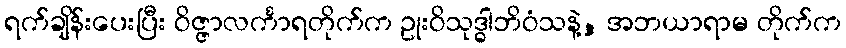
ရက်ချိန်းပေးပြီး ဝိဇ္ဇာလင်္ကာရတိုက်က ဥုးဝိသုဒ္ဓါဘိဝံသနဲ့, အဘယာရာမ တိုက်က